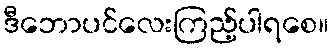
ဒီဘောပင်လေးကြည့်ပါရစေ။